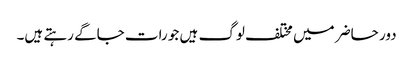
دور حاضر میں مختلف لوگ ہیں جو رات جاگے رہتے ہیں۔